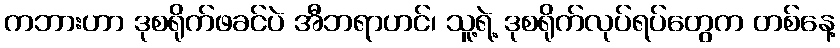
ကဘားဟာ ဒုစရိုက်ဖခင်ပဲ အီဘရာဟင်၊ သူ့ရဲ့ ဒုစရိုက်လုပ်ရပ်တွေက တစ်နေ့